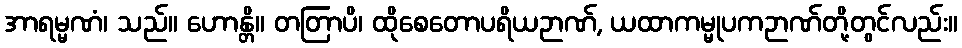
အာရမ္မဏံ၊ သည်။ ဟောန္တိ။ တတြာပိ၊ ထိုစေတောပရိယဉာဏ်, ယထာကမ္မုပကဉာဏ်တို့တွင်လည်း။